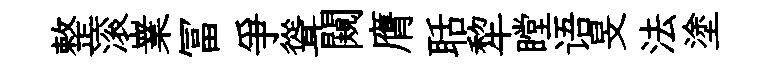
整滚嶪冨爭聳闚膺聒犂瞠语旻法塗